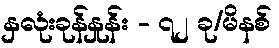
နှလုံးခုန်နှုန်း - ၇၂ ခု/မိနစ်